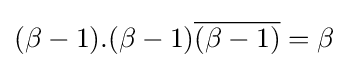
(\beta -1).(\beta -1){\overline {(\beta -1)}}=\beta